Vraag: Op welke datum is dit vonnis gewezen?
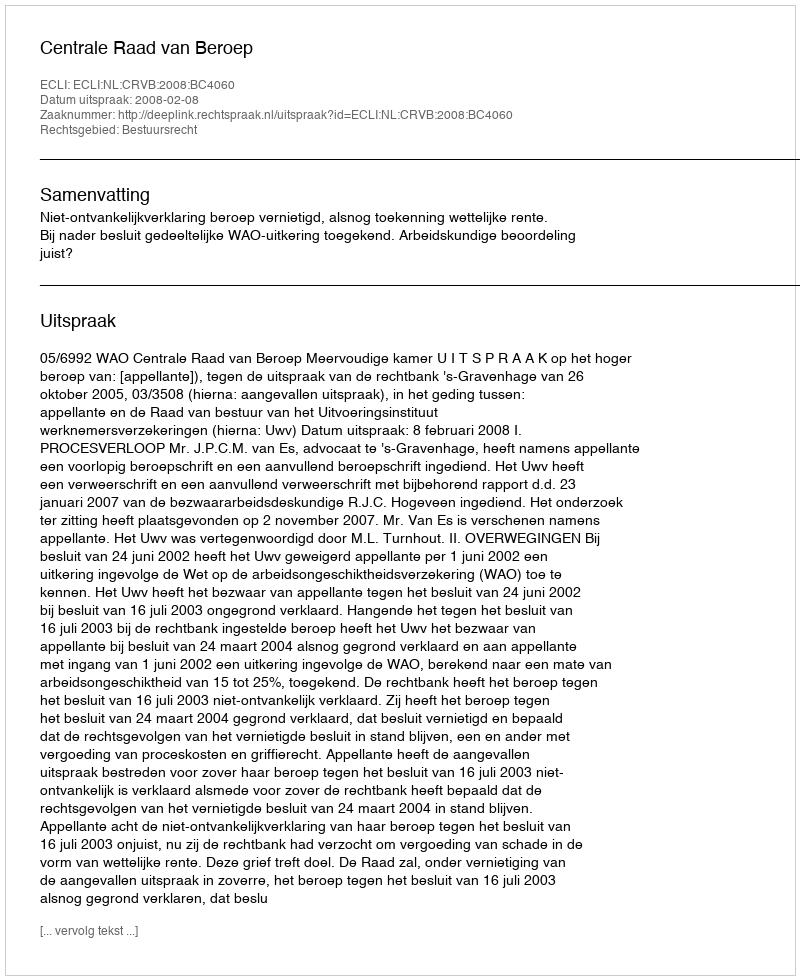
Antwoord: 2008-02-08